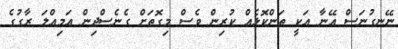
ނޭނގުނަސް އޭނާ އަކީ ތަންކޮޅެއް ކުރިން ވެސް މިގޮތަށް ގެނެސްދިން އަމިއްލަ ރާގުގެ